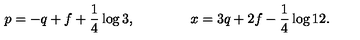
p = - q + f + \frac { 1 } { 4 } \log 3 , \qquad \qquad x = 3 q + 2 f - \frac { 1 } { 4 } \log 1 2 .